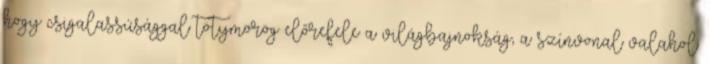
hogy csigalassúsággal tötymörög előrefele a világbajnokság, a színvonal valahol